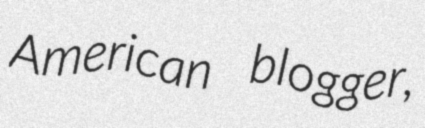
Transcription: American blogger,